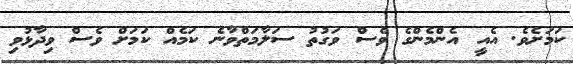
ކަމަށެވެ. އެއީ އެންމެންގެ ވެސް ވަގުތު ސަލާމަތްވާނެ ކަމެއް ކަމަށް ވެސް ވިދާޅުވި